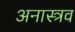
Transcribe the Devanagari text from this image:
अनास्त्रव